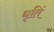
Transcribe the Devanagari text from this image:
धृतिं